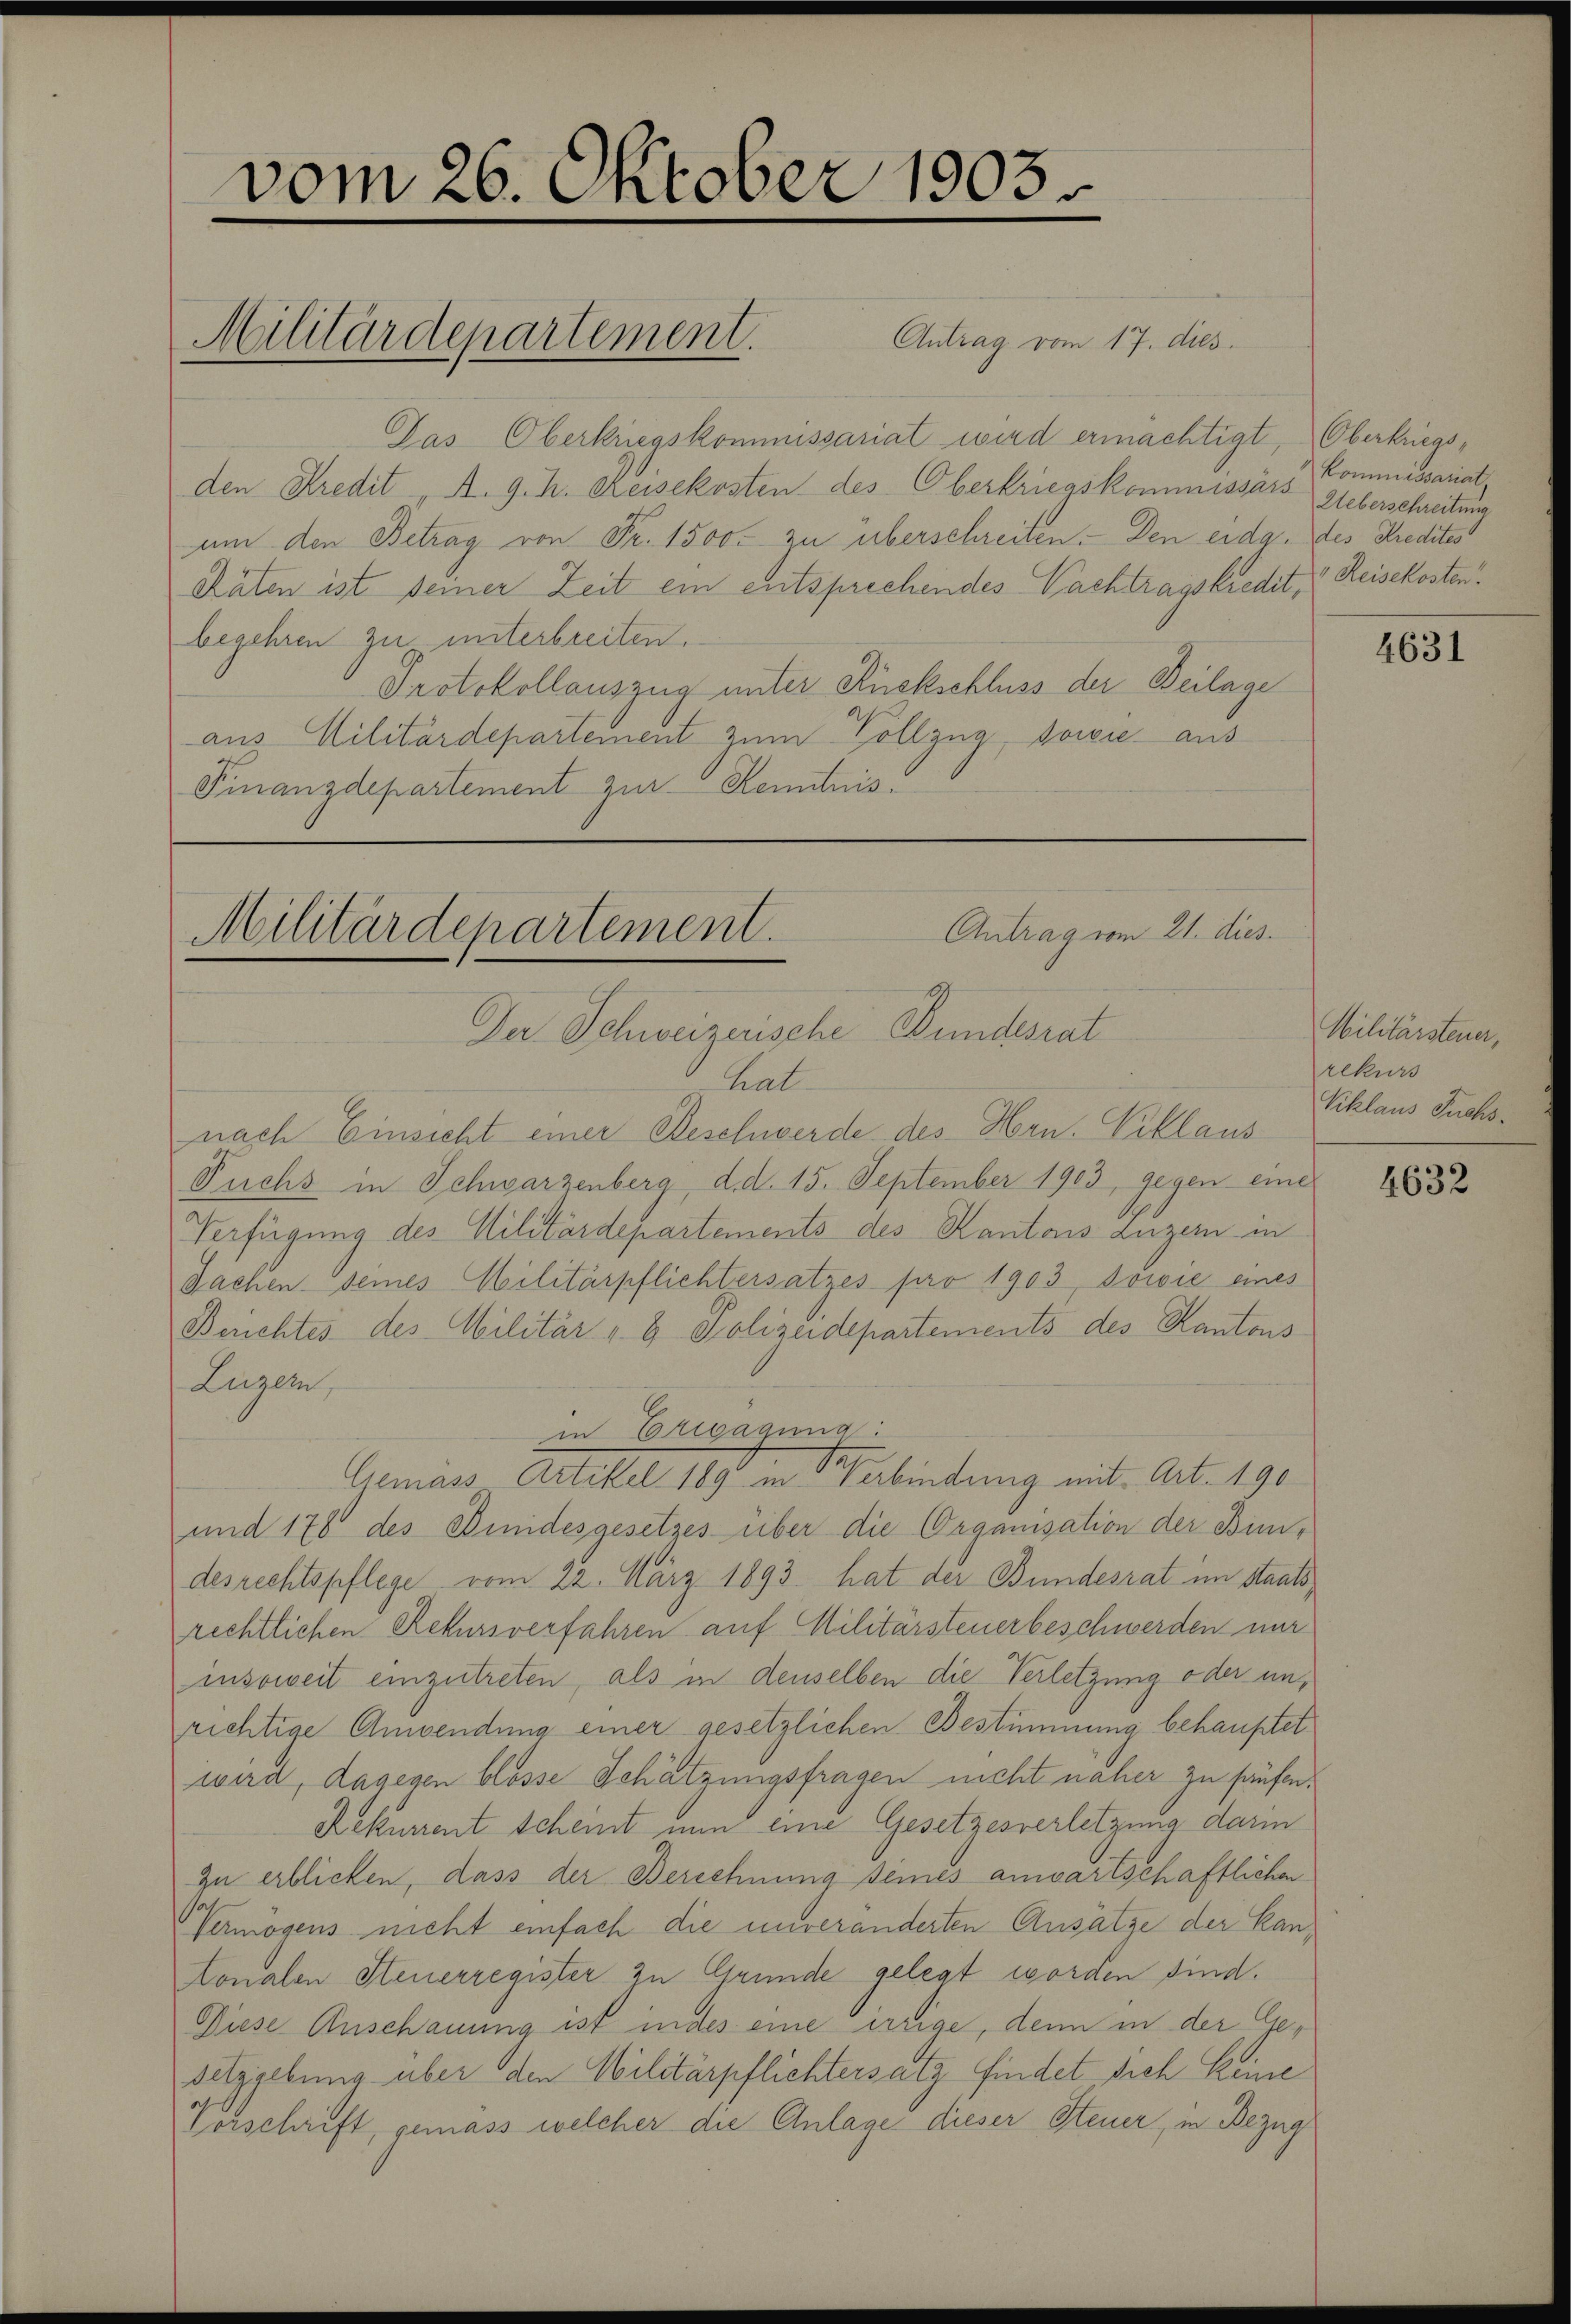
vom 26. Oktober 1903
Militärdepartement.
Antrag vom 17. dies

Pas Oberkriegskommissariat wird ermächtigt, Oberkriegsden Kredit. A. g. h. Reisekosten des Oberkriegskommissärs Ueberschreitung
um den Betrag von Fr. 1500. zu überschreiten. Den eidg. des Kredites
Räten ist seiner Zeit ein entsprechendes Nachtragskredit, " Reisekosten
begehren zu unterbreiten.
Protokollauszug unter Rückschluss der Beilage
aus Militärdepartement zum Vollzug, sowie aus
Finanzdepartement zur Kenntnis.

Antrag vom 21. dies
Militärdepartement.
Der Schweizerische Bundesrat

hat
nach Einsicht einer Beschwerde des Hrn. Villaus
Fuchs in Schwarzenberg, d. d. 15. September 1903, gegen eine
Verfügung des Militärdepartements des Kantons Luzern in
Sachen seines Militärpflichtersatzes pro 1903, sowie eines
Beuchtes des Militär " 8 Polizeidepartements des Kantons
Luzern,
in Erigagung:
Gemäss Artikel 189 in Sterbindung mit Art. 190
und 178 des Kindesgesetzes über die Organisation der Bindesrechtspflege vom 22. März 1893 hat der Bundesrat im Staatsrechtlichen Rekursverfahren auf Militärsteuerbeschwerden nur
insoweit einzutreten, als in denselben die Verletzung oder unrichtige Anwendung einer gesetzlichen Bestimmung behauptet
wird, dagegen blosse Schätzungsfragen nicht naher zu häuften.
Rekurrent scheint nun eine Gesetzesverletzung darin
zu erblicken, dass der Berechnung seines anwartschaftlichen
Vermögens nicht einfach die unveränderten Ansätze der Kantonalen Steuerregister zu Grunde gelegt worden sind.
Diese Anschauung ist indes eine irrige, denn in der Gesetzgebung über den Militärpflichtersatz findet sich keine
Verschrift, gemass welcher die Anlage dieser Steuer, in Bezug

Kommissariat

4631

Militärsteuer,
rekurs
Viklaus Fuchs.

4632